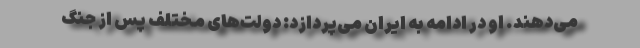
می‌دهند. او در ادامه به ایران می‌پردازد: دولت‌های مختلف پس از جنگ